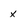
Character: X